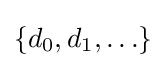
\{d_{0},d_{1},\ldots \}